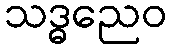
သဒ္ဓညေဝ